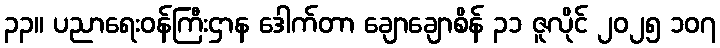
၃၃။ ပညာရေးဝန်ကြီးဌာန ဒေါက်တာ ချောချောစိန် ၃၁ ဇူလိုင် ၂၀၂၅ ၁၀၇